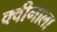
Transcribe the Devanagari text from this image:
क्वीगाला